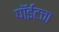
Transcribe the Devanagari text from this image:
पॉईंटचा